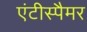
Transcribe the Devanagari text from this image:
एंटीस्पैमर